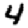
Digit: 4